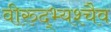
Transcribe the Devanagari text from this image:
वीरुद्भ्यश्चैव